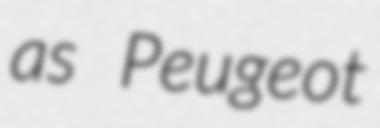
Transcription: as Peugeot